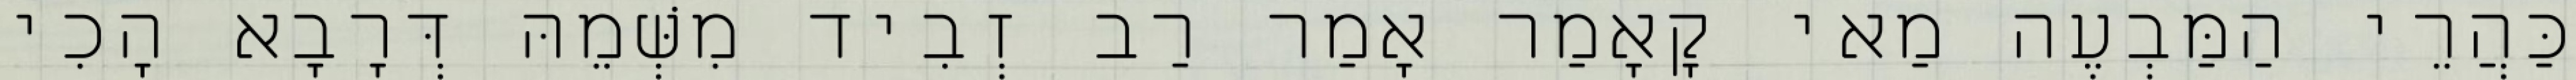
כַּהֲרֵי הַמַּבְעֶה מַאי קָאָמַר אָמַר רַב זְבִיד מִשְּׁמֵהּ דְּרָבָא הָכִי